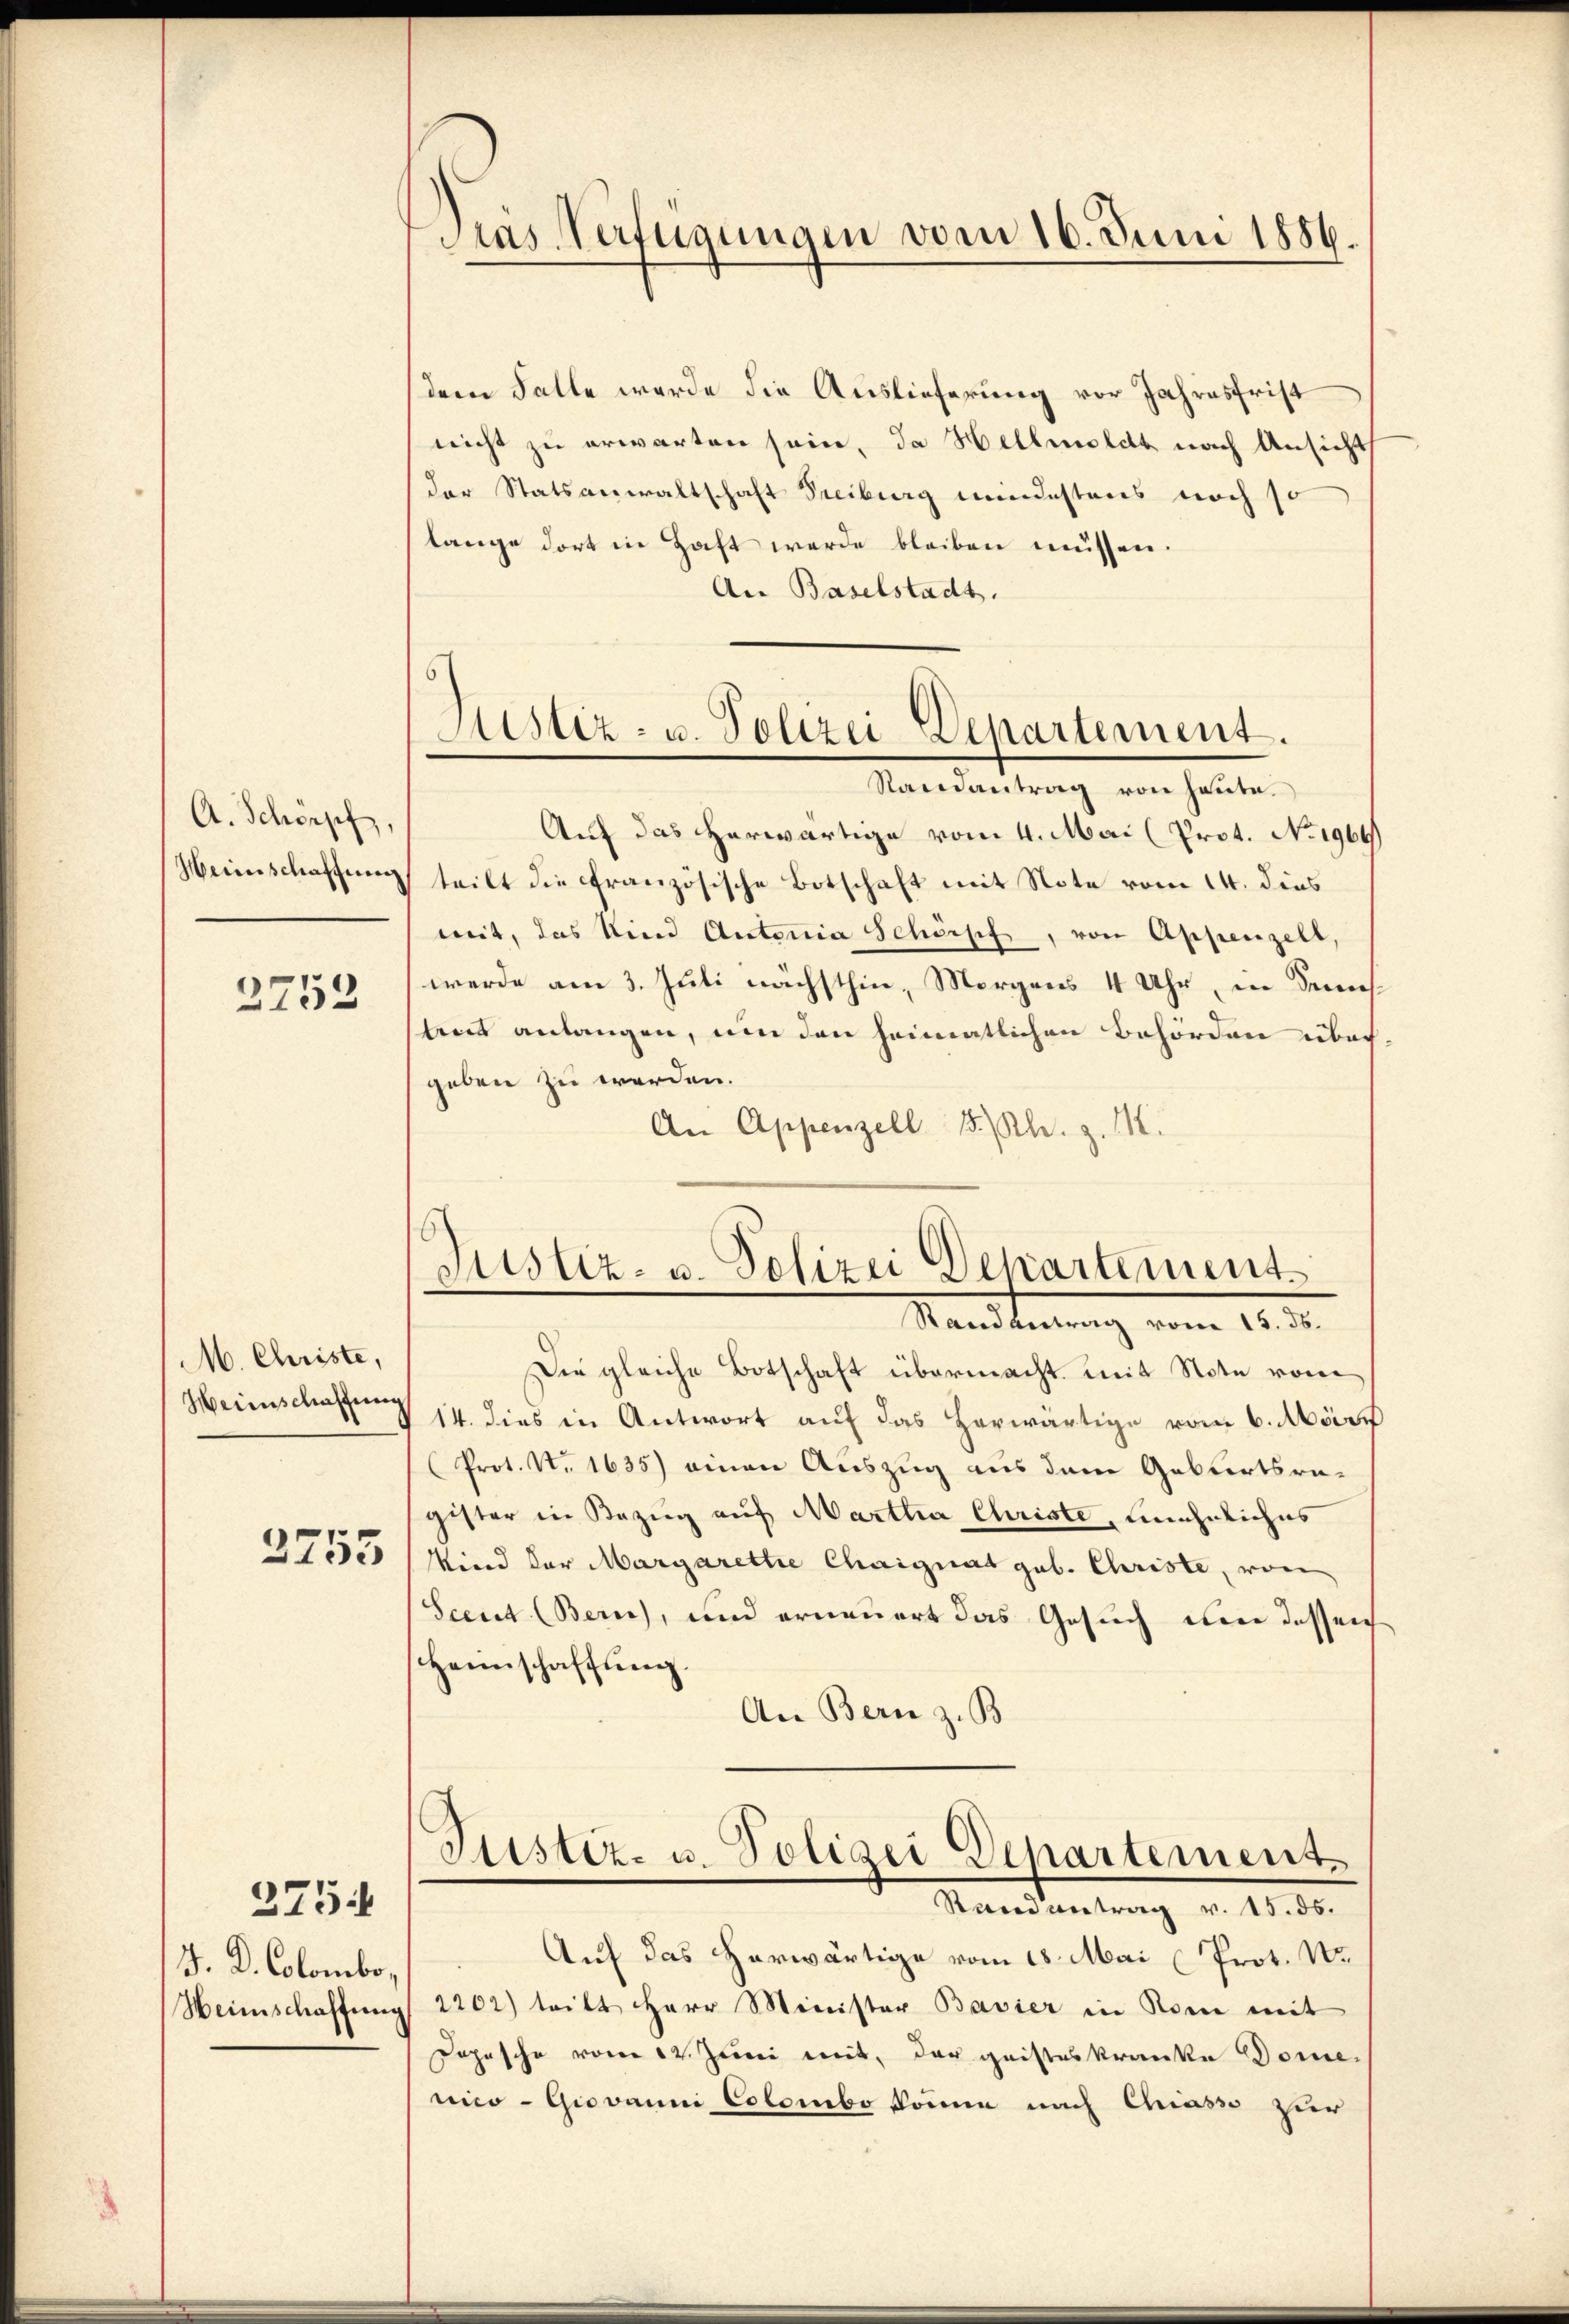
A. Schöpf,
Heinschaffung

2752

M. Christe,
Weinschaffung

3755

F. D. Colombo,
Weinschaffung

2754

Das Verfügungen vom 16. Juni 1886.

dem Falle werde die Auslieferung vor Jahresfrist
nicht zu erwarten sein, da Hellmoldt nach Ansicht
der Statsanwaltschaft Freiburg mindestens noch so
lange dort in Haft werde bleiben müssen.
An Baselstadt.
6.

Astiz- u. Polizei-Departement.

Justiz- u. Polizei Departement
Randantrag vom 15. ds.

Randantrag von heute.
Auf das herwärtige vom 4. Mai (Prot. No. 1969
teilt die Französische Botschaft mit Note vom 14. dies
mit, das Und Antonia Schöpf, von Appenzell,
werde am 3. Juli nächsthin, Morgens 4 Uhr, in dems
tent anlangen, um den heimatlichen Behörden über
geben zu werden.
An Appenzell 15. Rh. z. 112.
Die gleiche Botschaft übermacht. Mit Note vom
14. dies in Antwort auf das herwärtige vom 6. März
Prot. N. 1635) einen Auszug aus dem Geburtsragister in Bezug auf Martha Christe, unehmliches
Kind der Margarette Chaignat gub. Christe, von
Scent (Berne), und erneuert das Gesuch eine dessen
scheinschaffung.
An Bern z. B.
Justiz- u. Polizei Departement.
Manienstung v. 115.
Auf das herwärtige vom 18. Mai (Prot. Nr.
2202) tritt Herr Minister Bavier in Rom mit
Jopische vom 12. Juni mit, der geisteskranke Domemico - Giovanni Colombo können nach Chiasse zur